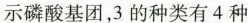
示磷酸基团，3的种类有4种